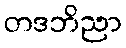
တဒဘိညာ